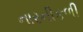
નારનીકળી